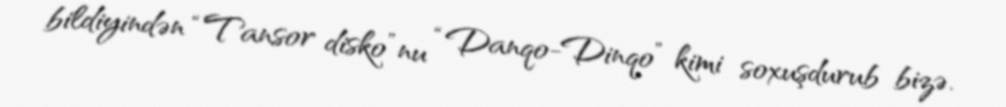
bildiyindən “Tansor disko”nu “Danqo-Dinqo” kimi soxuşdurub bizə.